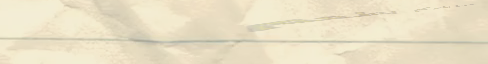
حلويات الشرق يغنيكم بطعم